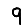
Digit: 9